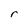
Character: r